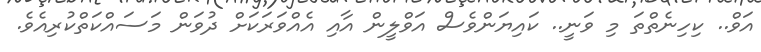
އަވް.. ކިހިނެތްތަ މި ވަނީ.. ކައިޔަންވެސް އަވްލީން އާއި އެއްވަރަކަށް ދުވަން މަސައްކަތްކުރިއެވެ.